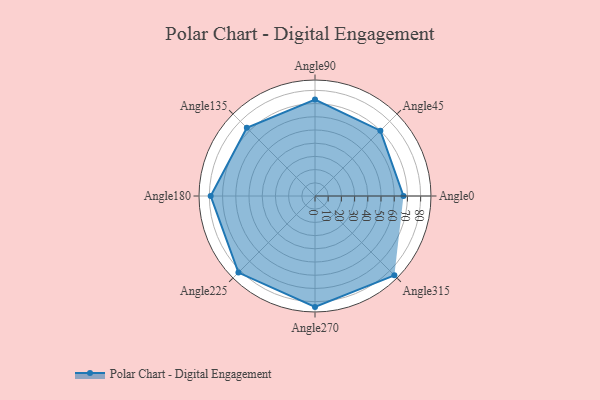
{"axis": {"x": "Angle", "y": "Radius"}, "legend": [""], "data": [{"x": "Angle0", "y": 67.0, "type": ""}, {"x": "Angle45", "y": 70.0, "type": ""}, {"x": "Angle90", "y": 73.0, "type": ""}, {"x": "Angle135", "y": 73.0, "type": ""}, {"x": "Angle180", "y": 79.0, "type": ""}, {"x": "Angle225", "y": 82.0, "type": ""}, {"x": "Angle270", "y": 84.0, "type": ""}, {"x": "Angle315", "y": 85.0, "type": ""}]}